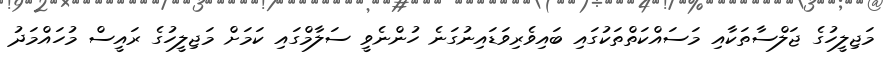
މަޖިލީހުގެ ޖަލްސާތަކާއި މަސައްކަތްތަކުގައި ބައިވެރިވަޑައިނުގަނެ ހުންނެވީ ސަލާމްގައި ކަމަށް މަޖިލީހުގެ ރައީސް މުހައްމަދު